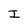
Character: I